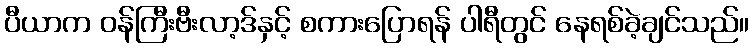
ပီယာက ဝန်ကြီးဗီးလာ့ဒ်နှင့် စကားပြောရန် ပါရီတွင် နေရစ်ခဲ့ချင်သည်။